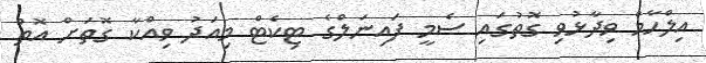
އިލްހާމް ވިދާޅުވި ގޮތުގައި ސެމީ ފައިނަލްގެ ޓިކެޓް މިއަދު ވިއްކާ ގޮތަށް އޮތް